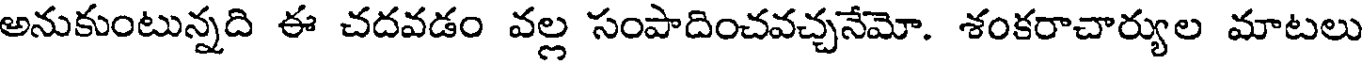
అనుకుంటున్నది ఈ చదవడం వల్ల సంపాదించవచ్చనేమో. శంకరాచార్యుల మాటలు